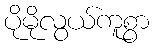
ပိုမိုလွယ်ကူစွာ